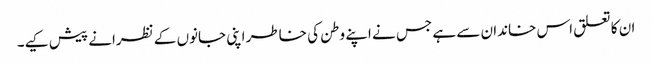
ان کا تعلق اس خاندان سے ہے جس نے اپنے وطن کی خاطر اپنی جانوں کے نظرانے پیش کیے۔